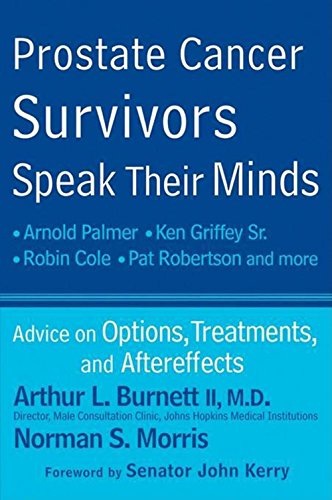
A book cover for Prostate Cancer Survivors Speak Their Minds: Advice on Options, Treatments, and Aftereffects; Arthur L. Burnett II; Health, Fitness & Dieting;